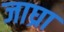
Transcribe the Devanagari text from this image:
जाघ्रा